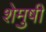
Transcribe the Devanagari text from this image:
शेमुषी